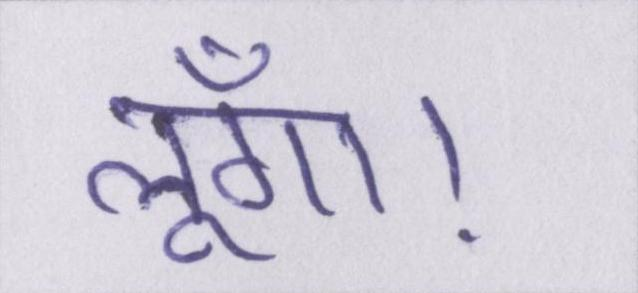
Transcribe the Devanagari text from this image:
लूँगा।